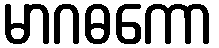
မာဂဓကော